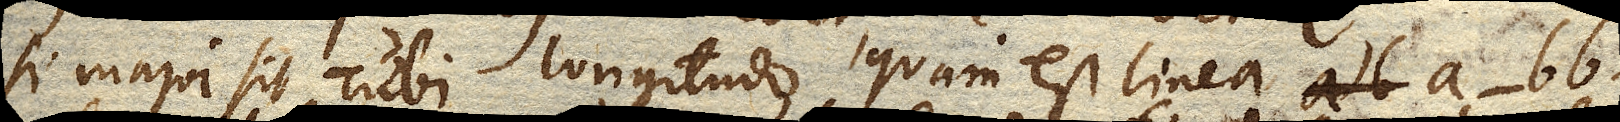
si major sit Tubi longitudo quam est linea a-bb